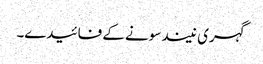
گہری نیند سونے کے فائیدے۔